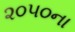
૨૦૫૦ના